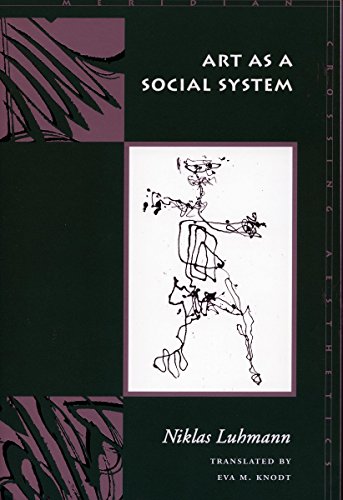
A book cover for Art as a Social System (Meridian: Crossing Aesthetics); Niklas Luhmann; Politics & Social Sciences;